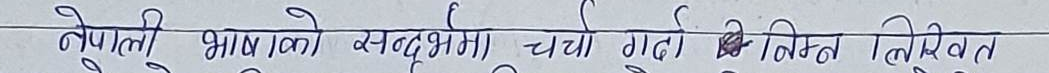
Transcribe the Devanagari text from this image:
नेपाली भाषाको सन्दर्भमा चर्चा गरी निम्न लिखित